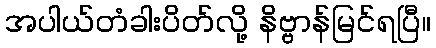
အပါယ်တံခါးပိတ်လို့ နိဗ္ဗာန်မြင်ရပြီ။